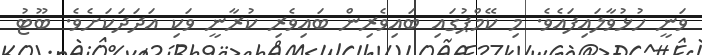
ވަނީ ހުޅުވާލައިފައެވެ. މި ކޭމްޕުގައި ބައިވެރިން ބައިވެރި ކުރާނީ ވަކި އަދަދަކަށެވެ. ބޫޓު